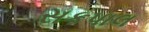
સકપાલ